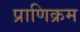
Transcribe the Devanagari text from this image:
प्राणिक्रम